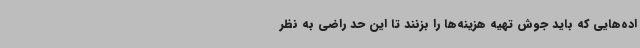
اده‌هایی که باید جوش تهیه هزینه‌ها را بزنند تا این حد راضی به نظر